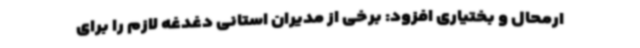
ارمحال و بختیاری افزود: برخی از مدیران استانی دغدغه لازم را برای